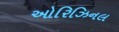
ઓરિઝિનલ